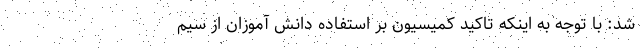
شد: با توجه به اینکه تاکید کمیسیون بر استفاده دانش آموزان از سیم‌